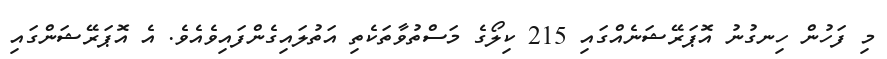
މި ފަހުން ހިނގުނު އޮޕަރޭޝަނެއްގައި 215 ކިލޯގެ މަސްތުވާތަކެތި އަތުލައިގެންފައިވެއެވެ. އެ އޮޕަރޭޝަންގައި